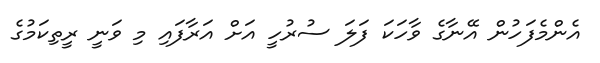
އެންމެފަހުން އޭނާގެ ވާހަކަ ފަލަ ސުރުހީ އަށް އަރާފައި މި ވަނީ ރީތިކަމުގެ